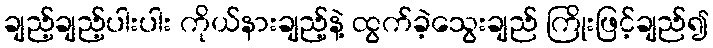
ချည့်ချည့်ပါးပါး ကိုယ်နားချည့်နဲ့ ထွက်ခဲ့သွေးချည် ကြိုးဖြင့်ချည်၍